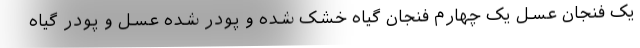
یک فنجان عسل یک چهارم فنجان گیاه خشک شده و پودر شده عسل و پودر گیاه